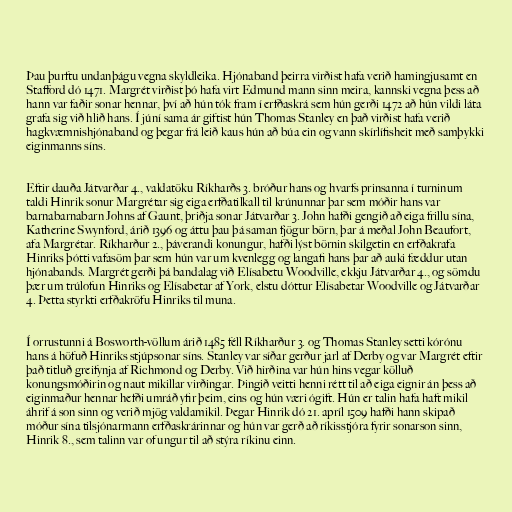
Þau þurftu undanþágu vegna skyldleika. Hjónaband þeirra virðist hafa verið hamingjusamt en
Stafford dó 1471. Margrét virðist þó hafa virt Edmund mann sinn meira, kannski vegna þess að
hann var faðir sonar hennar, því að hún tók fram í erfðaskrá sem hún gerði 1472 að hún vildi láta
grafa sig við hlið hans. Í júní sama ár giftist hún Thomas Stanley en það virðist hafa verið
hagkvæmnishjónaband og þegar frá leið kaus hún að búa ein og vann skírlífisheit með samþykki
eiginmanns síns.

Eftir dauða Játvarðar 4., valdatöku Ríkharðs 3. bróður hans og hvarfs prinsanna í turninum
taldi Hinrik sonur Margrétar sig eiga erfðatilkall til krúnunnar þar sem móðir hans var
barnabarnabarn Johns af Gaunt, þriðja sonar Játvarðar 3. John hafði gengið að eiga frillu sína,
Katherine Swynford, árið 1396 og áttu þau þá saman fjögur börn, þar á meðal John Beaufort,
afa Margrétar. Ríkharður 2., þáverandi konungur, hafði lýst börnin skilgetin en erfðakrafa
Hinriks þótti vafasöm þar sem hún var um kvenlegg og langafi hans þar að auki fæddur utan
hjónabands. Margrét gerði þá bandalag við Elísabetu Woodville, ekkju Játvarðar 4., og sömdu
þær um trúlofun Hinriks og Elísabetar af York, elstu dóttur Elísabetar Woodville og Játvarðar
4. Þetta styrkti erfðakröfu Hinriks til muna.

Í orrustunni á Bosworth-völlum árið 1485 féll Ríkharður 3. og Thomas Stanley setti kórónu
hans á höfuð Hinriks stjúpsonar síns. Stanley var síðar gerður jarl af Derby og var Margrét eftir
það titluð greifynja af Richmond og Derby. Við hirðina var hún hins vegar kölluð
konungsmóðirin og naut mikillar virðingar. Þingið veitti henni rétt til að eiga eignir án þess að
eiginmaður hennar hefði umráð yfir þeim, eins og hún væri ógift. Hún er talin hafa haft mikil
áhrif á son sinn og verið mjög valdamikil. Þegar Hinrik dó 21. apríl 1509 hafði hann skipað
móður sína tilsjónarmann erfðaskrárinnar og hún var gerð að ríkisstjóra fyrir sonarson sinn,
Hinrik 8., sem talinn var of ungur til að stýra ríkinu einn.